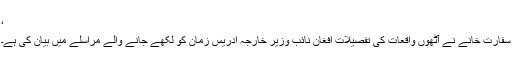
‘
سفارت خانے نے آٹھوں واقعات کی تفصیلات افغان نائب وزیر خارجہ ادریس زمان کو لکھے جانے والے مراسلے میں بیان کی ہے۔